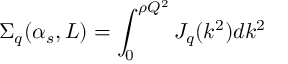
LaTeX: \Sigma _ { q } ( \alpha _ { s } , L ) = \int _ { 0 } ^ { \rho Q ^ { 2 } } J _ { q } ( k ^ { 2 } ) d k ^ { 2 }